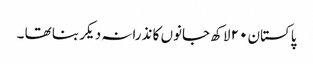
پاکستان ٢٠ لاکھ جانوں کا نذرانہ دیکر بنا تھا ۔